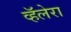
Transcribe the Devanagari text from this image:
व्हॅलेरा